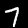
Digit: 7